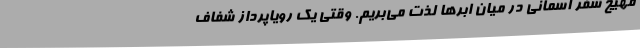
مهیج سفر آسمانی در میان ابرها لذت می‌بریم. وقتی یک رویاپرداز شفاف